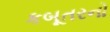
કબૂતરનો